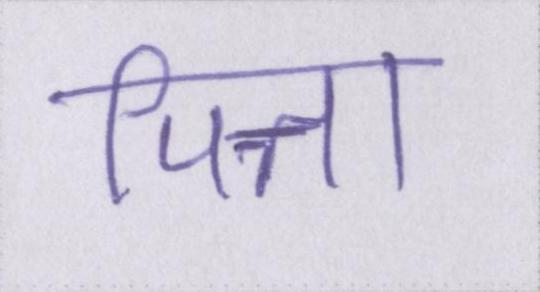
पित्त